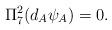
LaTeX: \begin{align*}\Pi^{2}_{7}(d_{A}\psi_{A})=0.\end{align*}